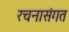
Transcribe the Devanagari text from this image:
रचनासंगत